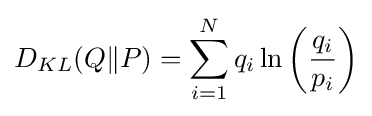
D_{KL}(Q\|P)=\sum _{i=1}^{N}q_{i}\ln \left({\frac {q_{i}}{p_{i}}}\right)